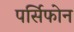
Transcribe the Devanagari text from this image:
पर्सिफोन